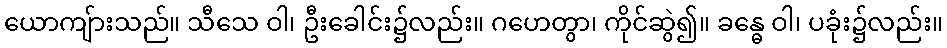
ယောကျ်ားသည်။ သီသေ ဝါ၊ ဦးခေါင်း၌လည်း။ ဂဟေတွာ၊ ကိုင်ဆွဲ၍။ ခန္ဓေ ဝါ၊ ပခုံး၌လည်း။